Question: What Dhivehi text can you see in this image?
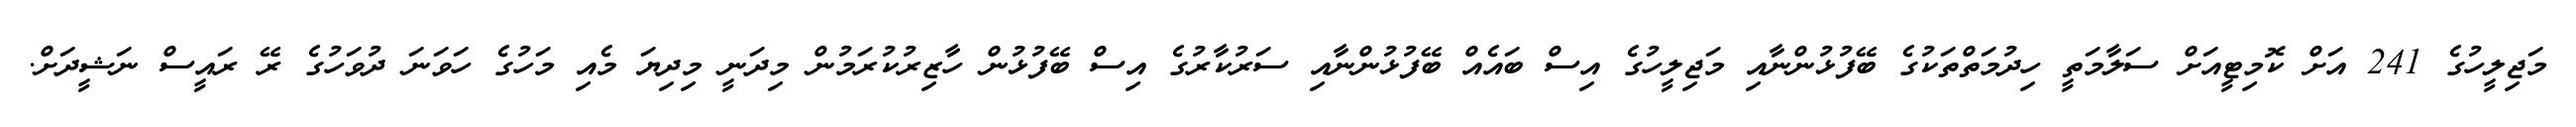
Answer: މަޖިލީހުގެ 241 އަށް ކޮމިޓީއަށް ސަލާމަތީ ހިދުމަތްތަކުގެ ބޭފުޅުންނާއި މަޖިލީހުގެ އިސް ބައެއް ބޭފުޅުންނާއި ސަރުކާރުގެ އިސް ބޭފުޅުން ހާޒިރުކުރަމުން މިދަނީ މިދިޔަ މެއި މަހުގެ ހަވަނަ ދުވަހުގެ ރޭ ރައީސް ނަޝީދަށް.